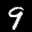
Label: 9